King Institute of Preventive Medicine Micro-Biological Section reports 1909-11
Year: 1909
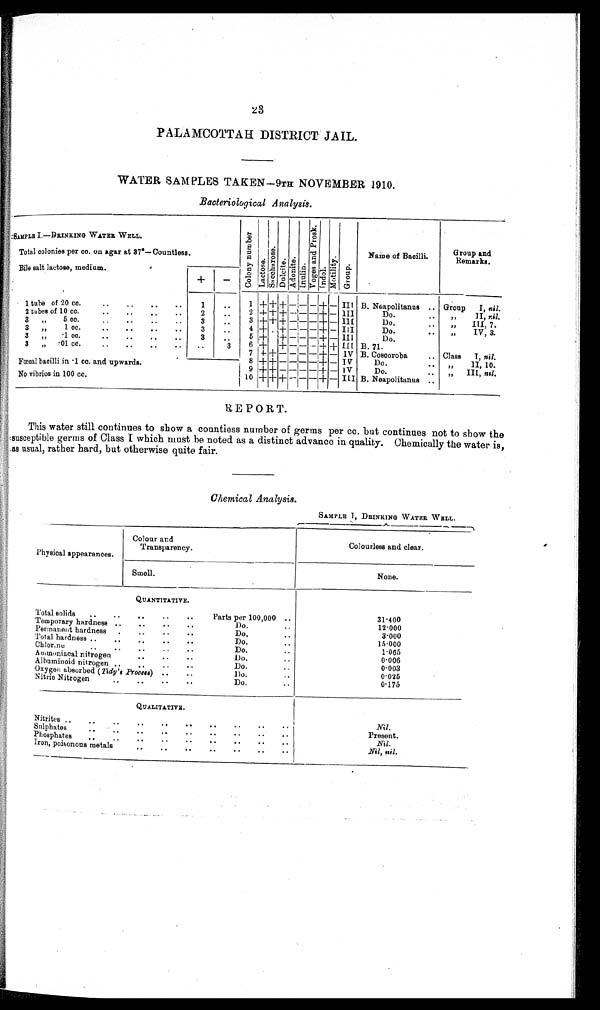
23
PALAMCOTTAH DISTRICT JAIL.
WATER SAMPLES TAKEN
—9TH NOVEMBER 1910.
Bacteriological Analysis.
SAMPLE I.—
DRINKING WATER WELL.
C o l o n y n u m b e r
Lact ose.
s a c c h a r o s e .
Dulcite.
Adonite.Inul i n.
Vo g e s a n d P r o s k Indol.moti l i ty.Group.
Name of Bacilli.
Group
a n d Re ma r k s
Total colonies per cc. on agar at 37°—Countless.
Bile salt lactose, medium.
+
−
1 tube of 20 cc.
1
1
+
+ +
− − −
+
− III B. Neapolitanus
Group I, nil.
2 tubes of 10 cc.
2
2
+ + +
− − −
+
−
I I I
Do.
„ II,
n i l .
3 „ 5 cc.
3
3
+
+
+
− − −
+
− III
Do.
„ III, 7.
3 „ 1 cc.
3
4
+
+
− − −
+
− III
Do.
„ I V , 3 .
3 „ .1 cc.
3
5 + +
− − −
+
−
I I I Do.
3 „ .01 cc.
3
6
+ +
− − −
+ +
III
B . 7 1
.
7
+ +
− − − −
+
−
IV
B. Coscoroba
Class I nil
.
8
+
+
− − − −
+
−
IV
Do.
„ II,10.
Fœcal bacilli in .1 cc. and upwards.
9
+
+ − − − −
+
−
I V
Do.
„ III, nil.
No vibrios in 100 cc .
10
+ + +
− − −
+
−
I I I
B. Neapolitanu
s
REPORT.
This water still continues to show a countless number of germs per cc. but continues not to show the
suscept i bl e germs of Cl ass I whi ch must be not ed as a di st i nct advance i n qual i t y. Chemi cal l y t he wat er i s ,
as usual, rather hard, but otherwise quite fair.
Chemical Analysis.
SAMPLE I, DRINKING WATER WELL.
Physical appearances. Colour and
Transparency.
Colourless and clear.
Smell.
None.
QUANTITATIVE.
Total solids
Parts per 100,000
31·400
Temporary hardness
Do.
12·000
Permanent hardness
Do.
3 · 0 0 0
Total hardness
Do.
15·000
Chlorine
Do.
1·065
Ammoniacal nitrogen
Do.
0·006
Albuminoid nitrogen
Do.
0·003
Oxygen absorbedb(Tidy's Process)
Do.
0·025
Nitric Nitrogen
Do.
0 · 1 7 5
QUALITATIVE.
Nitrites
Nil.
Sulphates
Present.
Phosphates
Nil.
Iron, poisonous metals
Nil, nil.